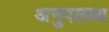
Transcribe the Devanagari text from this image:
अनुपलब्‍ध